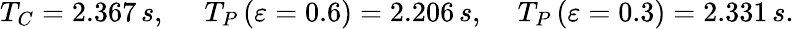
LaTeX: T_{C}=2.367\, s,\, \quad\, T_{P}\left({\varepsilon=0.6}\right)=2.206\, s,\quad\, T_{P}\left({\varepsilon=0.3}\right)=2.331\, s.